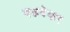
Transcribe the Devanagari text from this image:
वढवेकर